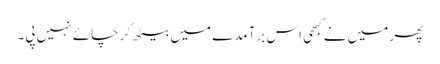
پھر میں نے کبھی اس برآمدے میں بیٹھ کر چائے نہیں پی۔